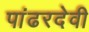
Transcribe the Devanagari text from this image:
पांढरदेवी